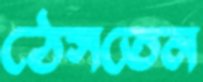
ঠেসতেন